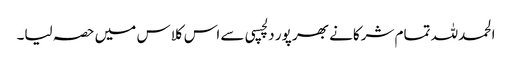
الحمدللہ تمام شرکانے بھر پور دلچسپی سے اس کلاس میں حصہ لیا۔